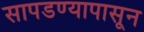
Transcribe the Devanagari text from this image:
सापडण्यापासून